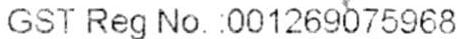
GST REG NO.: 001269075968